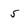
Character: s